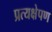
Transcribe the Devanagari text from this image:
प्रत्यक्षेपण